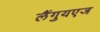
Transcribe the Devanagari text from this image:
लैंगुयएज